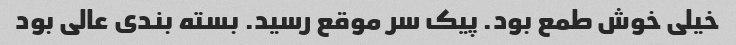
خیلی خوش طمع بود. پیک سر موقع رسید. بسته بندی عالی بود